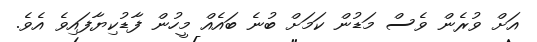
އަށް ވުރެން ވެސް މަޑުން ކަމަށް ބުނެ ބައެއް މީހުން ފާޑުކިޔާފައިވެ އެވެ.